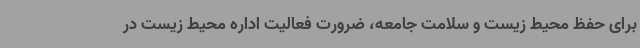
برای حفظ محیط زیست و سلامت جامعه، ضرورت فعالیت اداره محیط ‌زیست در